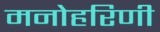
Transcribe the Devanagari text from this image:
मनोहरिणी